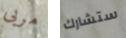
مربى ستشارك